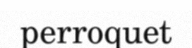
perroquet